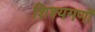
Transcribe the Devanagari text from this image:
शिश्यगणों